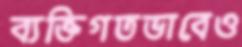
ব্যক্তিগতভাবেও